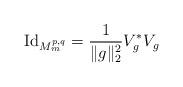
LaTeX: \begin{align*} {\rm Id}_{M^{p,q}_m}=\frac 1 {\|g\|_2^2} V_g^\ast V_g \end{align*}